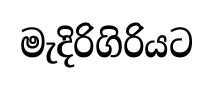
මැදිරිගිරියට